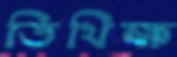
তিথিক্ষ